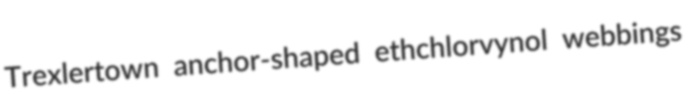
Trexlertown anchor-shaped ethchlorvynol webbings